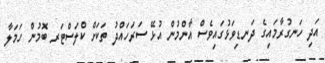
އަދި ހަނގުރާމައިގެ ދަނޑިވަޅުގައިވެސް އާންމުން އުޅޭ ސަރަހައްދު ތަކަށް ކްލަސްޓަރ ބޮމުން ހަމަލާ